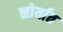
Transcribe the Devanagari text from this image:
नोर्यात